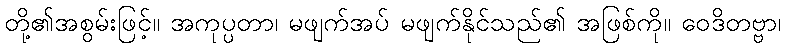
တို့၏အစွမ်းဖြင့်။ အကုပ္ပတာ၊ မဖျက်အပ် မဖျက်နိုင်သည်၏ အဖြစ်ကို။ ဝေဒိတဗ္ဗာ၊